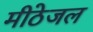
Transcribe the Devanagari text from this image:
मीठेजल